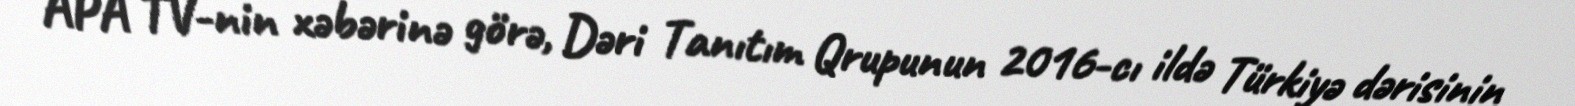
APA TV-nin xəbərinə görə, Dəri Tanıtım Qrupunun 2016-cı ildə Türkiyə dərisinin